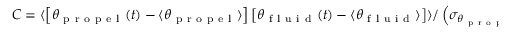
C = \langle \left[ \theta _ { \mathrm { ~ p ~ r ~ o ~ p ~ e ~ l ~ } } ( t ) - \langle \theta _ { \mathrm { ~ p ~ r ~ o ~ p ~ e ~ l ~ } } \rangle \right] \left[ \theta _ { \mathrm { ~ f ~ l ~ u ~ i ~ d ~ } } ( t ) - \langle \theta _ { \mathrm { ~ f ~ l ~ u ~ i ~ d ~ } } \rangle \right] \rangle / \left( \sigma _ { \theta _ { \mathrm { ~ p ~ r ~ o ~ p ~ e ~ l ~ } } } \sigma _ { \theta _ { \mathrm { ~ f ~ l ~ u ~ i ~ d ~ } } } \right) .